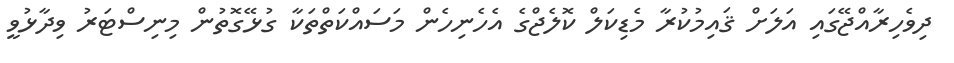
ދިވެހިރާއްޖޭގައި އަލަށް ޤައިމުކުރާ މެޑިކަލް ކޮލެޖްގެ އެހެނިހެން މަސައްކަތްތަކާ ގުޅޭގޮތުން މިނިސްޓަރު ވިދާޅުވީ